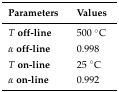
<table><thead><tr><td><b>Parameters</b></td><td><b>Values</b></td></tr></thead><tbody><tr><td><b><i>T</i> off-line</b></td><td>500 °C</td></tr><tr><td><b><i>α</i> off-line</b></td><td>0.998</td></tr><tr><td><b><i>T</i> on-line</b></td><td>25 °C</td></tr><tr><td><b><i>α</i> on-line</b></td><td>0.992</td></tr></tbody></table>